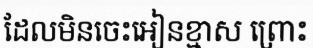
ដែលមិនចេះអៀនខ្មាស ព្រោះ